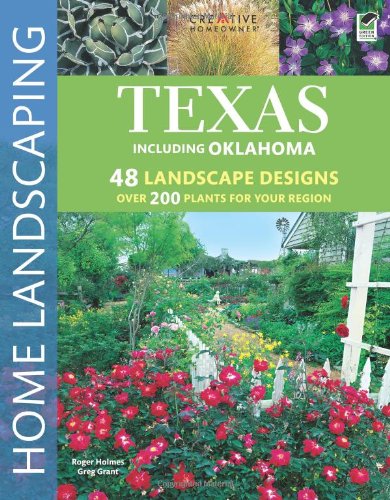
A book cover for Texas Home Landscaping, 3rd edition; Greg Grant; Crafts, Hobbies & Home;